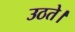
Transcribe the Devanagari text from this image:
उठते।